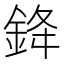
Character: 𨦟